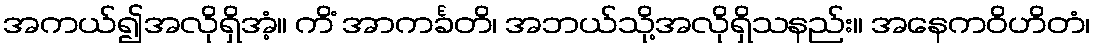
အကယ်၍အလိုရှိအံ့။ ကိံ အာကင်္ခတိ၊ အဘယ်သို့အလိုရှိသနည်း။ အနေကဝိဟိတံ၊